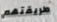
طريقتهم